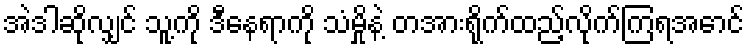
အဲဒါဆိုလျှင် သူ့ကို ဒီနေရာကို သံမှိုနဲ့ တအားရိုက်ထည့်လိုက်ကြရအောင်